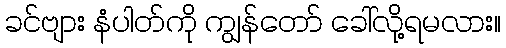
ခင်ဗျား နံပါတ်ကို ကျွန်တော် ခေါ်လို့ရမလား။